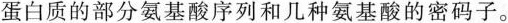
蛋白质的部分氨基酸序列和几种氨基酸的密码子。